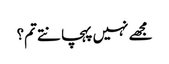
مجھے نہیں پہچانتے تم؟